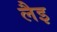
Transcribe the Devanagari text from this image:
लैइ